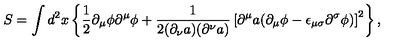
S = \int d ^ { 2 } x \left\{ { \frac 1 2 } { \partial } _ { \mu } { \phi } { \partial } ^ { \mu } { \phi } + \frac { 1 } { 2 ( { \partial } _ { \nu } a ) ( { \partial } ^ { \nu } a ) } \left[ { \partial } ^ { \mu } a ( { \partial } _ { \mu } { \phi } - { \epsilon } _ { { \mu } { \sigma } } { \partial } ^ { \sigma } { \phi } ) \right] ^ { 2 } \right\} ,